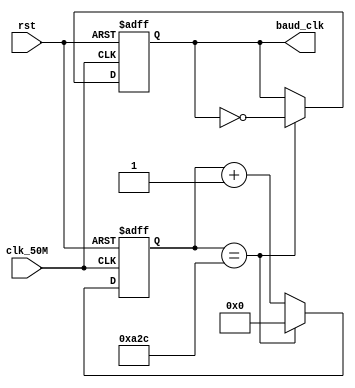
module clk50M_baud(clk_50M,baud_clk,rst);
input clk_50M;
input rst;
output reg baud_clk;
reg [11:0] count;

always@(posedge clk_50M or posedge rst)
begin
	if(rst)
	begin
		count<=1'b0;
		baud_clk<=1'b0;
	end
	else
	begin
		if(count==12'd2604) //9600
		//if(count==9'd217)	//115200
		begin
			count<=12'b0;
			baud_clk<=~baud_clk;
		end
		else
		begin
			count<=count+1'b1;
			baud_clk<=baud_clk;
		end
	end
end

endmodule